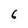
Character: 6